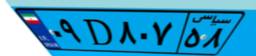
۰۹D۸۰۷۵۸